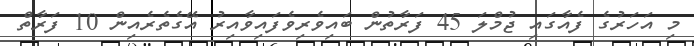
މި އަހަރުގެ ފެއާގައި ޖުމްލަ 45 ފަރާތުން ބައިވެރިވެފައިވާއިރު އޭގެތެރެއިން 10 ފަރާތް